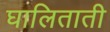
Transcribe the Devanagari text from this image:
घालिताती